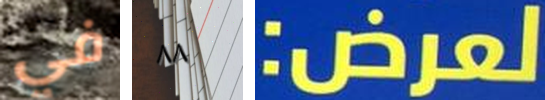
في ٨٨ لعرض: